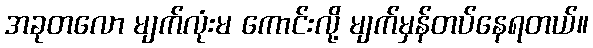
အခုတလော မျက်လုံးမ ကောင်းလို့ မျက်မှန်တပ်နေရတယ်။